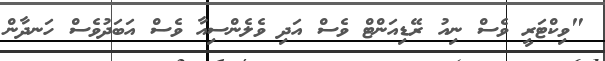
"ވިކްޓަރީ ވެސް ނިއު ރޭޑިއަންޓް ވެސް އަދި ވެލެންސިއާ ވެސް އަބަދުވެސް ހަނދާން